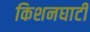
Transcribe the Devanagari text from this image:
किशनघाटी